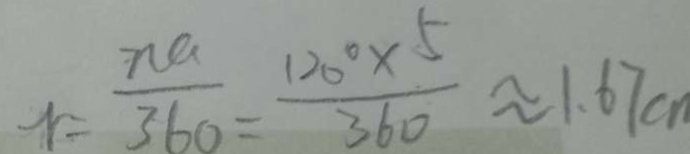
\gamma = \frac { n a } { 3 6 0 } = \frac { 1 2 0 ^ { \circ } \times 5 } { 3 6 0 } \approx 1 . 6 7 c n